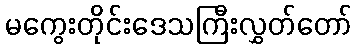
မကွေးတိုင်းဒေသကြီးလွှတ်တော်